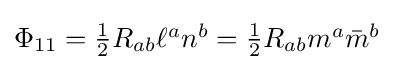
{\textstyle \Phi _{11}={\tfrac {1}{2}}R_{ab}\ell ^{a}n^{b}={\tfrac {1}{2}}R_{ab}m^{a}{\bar {m}}^{b}}